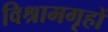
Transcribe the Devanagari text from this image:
विश्रामगृहों